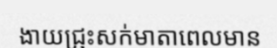
ងាយជ្រុះសក់មាតាពេលមាន